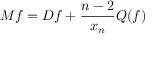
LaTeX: M f = D f + { \frac { n - 2 } { x _ { n } } } Q ( f )